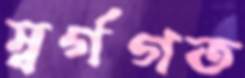
স্বর্গগত